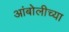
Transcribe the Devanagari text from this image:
आंबोलीच्या